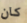
كان